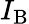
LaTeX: I_{\mathrm{B}}